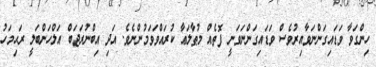
ހިންގަވާ ވަޑައިގަންނަވާއިރުވެސް ވަޑައިގަންނަވަނީ ފޮތެއް މުޠާލަޢާ ކުރައްވަވަމުންނެވެ. އަދި އިބްނުރަޖަބް އަލްހަންބަލީ ރަޙިމަހު